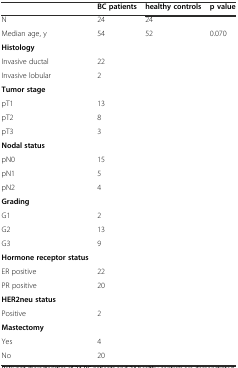
<table><thead><tr><td></td><td><b>BC patients</b></td><td><b>healthy controls</b></td><td><b>p value</b></td></tr></thead><tbody><tr><td>N</td><td>24</td><td>24</td><td></td></tr><tr><td>Median age, y</td><td>54</td><td>52</td><td>0.070</td></tr><tr><td><b>Histology</b></td><td></td><td></td><td></td></tr><tr><td>Invasive ductal</td><td>22</td><td></td><td></td></tr><tr><td>Invasive lobular</td><td>2</td><td></td><td></td></tr><tr><td><b>Tumor stage</b></td><td></td><td></td><td></td></tr><tr><td>pT1</td><td>13</td><td></td><td></td></tr><tr><td>pT2</td><td>8</td><td></td><td></td></tr><tr><td>pT3</td><td>3</td><td></td><td></td></tr><tr><td><b>Nodal status</b></td><td></td><td></td><td></td></tr><tr><td>pN0</td><td>15</td><td></td><td></td></tr><tr><td>pN1</td><td>5</td><td></td><td></td></tr><tr><td>pN2</td><td>4</td><td></td><td></td></tr><tr><td><b>Grading</b></td><td></td><td></td><td></td></tr><tr><td>G1</td><td>2</td><td></td><td></td></tr><tr><td>G2</td><td>13</td><td></td><td></td></tr><tr><td>G3</td><td>9</td><td></td><td></td></tr><tr><td><b>Hormone receptor status</b></td><td></td><td></td><td></td></tr><tr><td>ER positive</td><td>22</td><td></td><td></td></tr><tr><td>PR positive</td><td>20</td><td></td><td></td></tr><tr><td><b>HER2neu status</b></td><td></td><td></td><td></td></tr><tr><td>Positive</td><td>2</td><td></td><td></td></tr><tr><td><b>Mastectomy</b></td><td></td><td></td><td></td></tr><tr><td>Yes</td><td>4</td><td></td><td></td></tr><tr><td>No</td><td>20</td><td></td><td></td></tr></tbody></table>